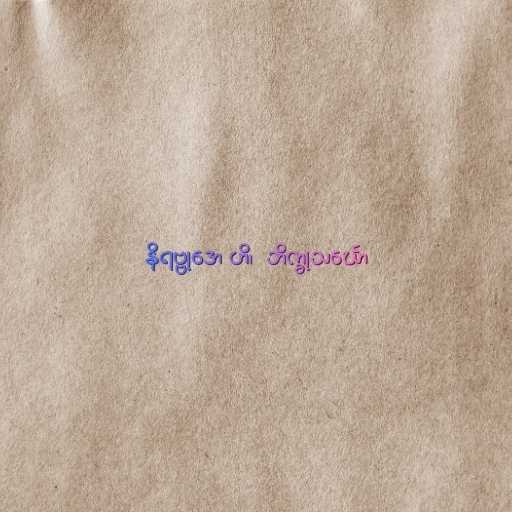
နိရဗ္ဗုဒော ဟိ၊  ဘိက္ခုသင်္ဃော